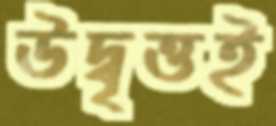
উদ্বৃত্তই